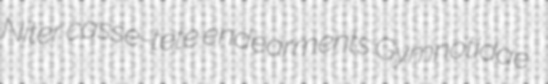
Niter casse-tete endearments Gymnotidae